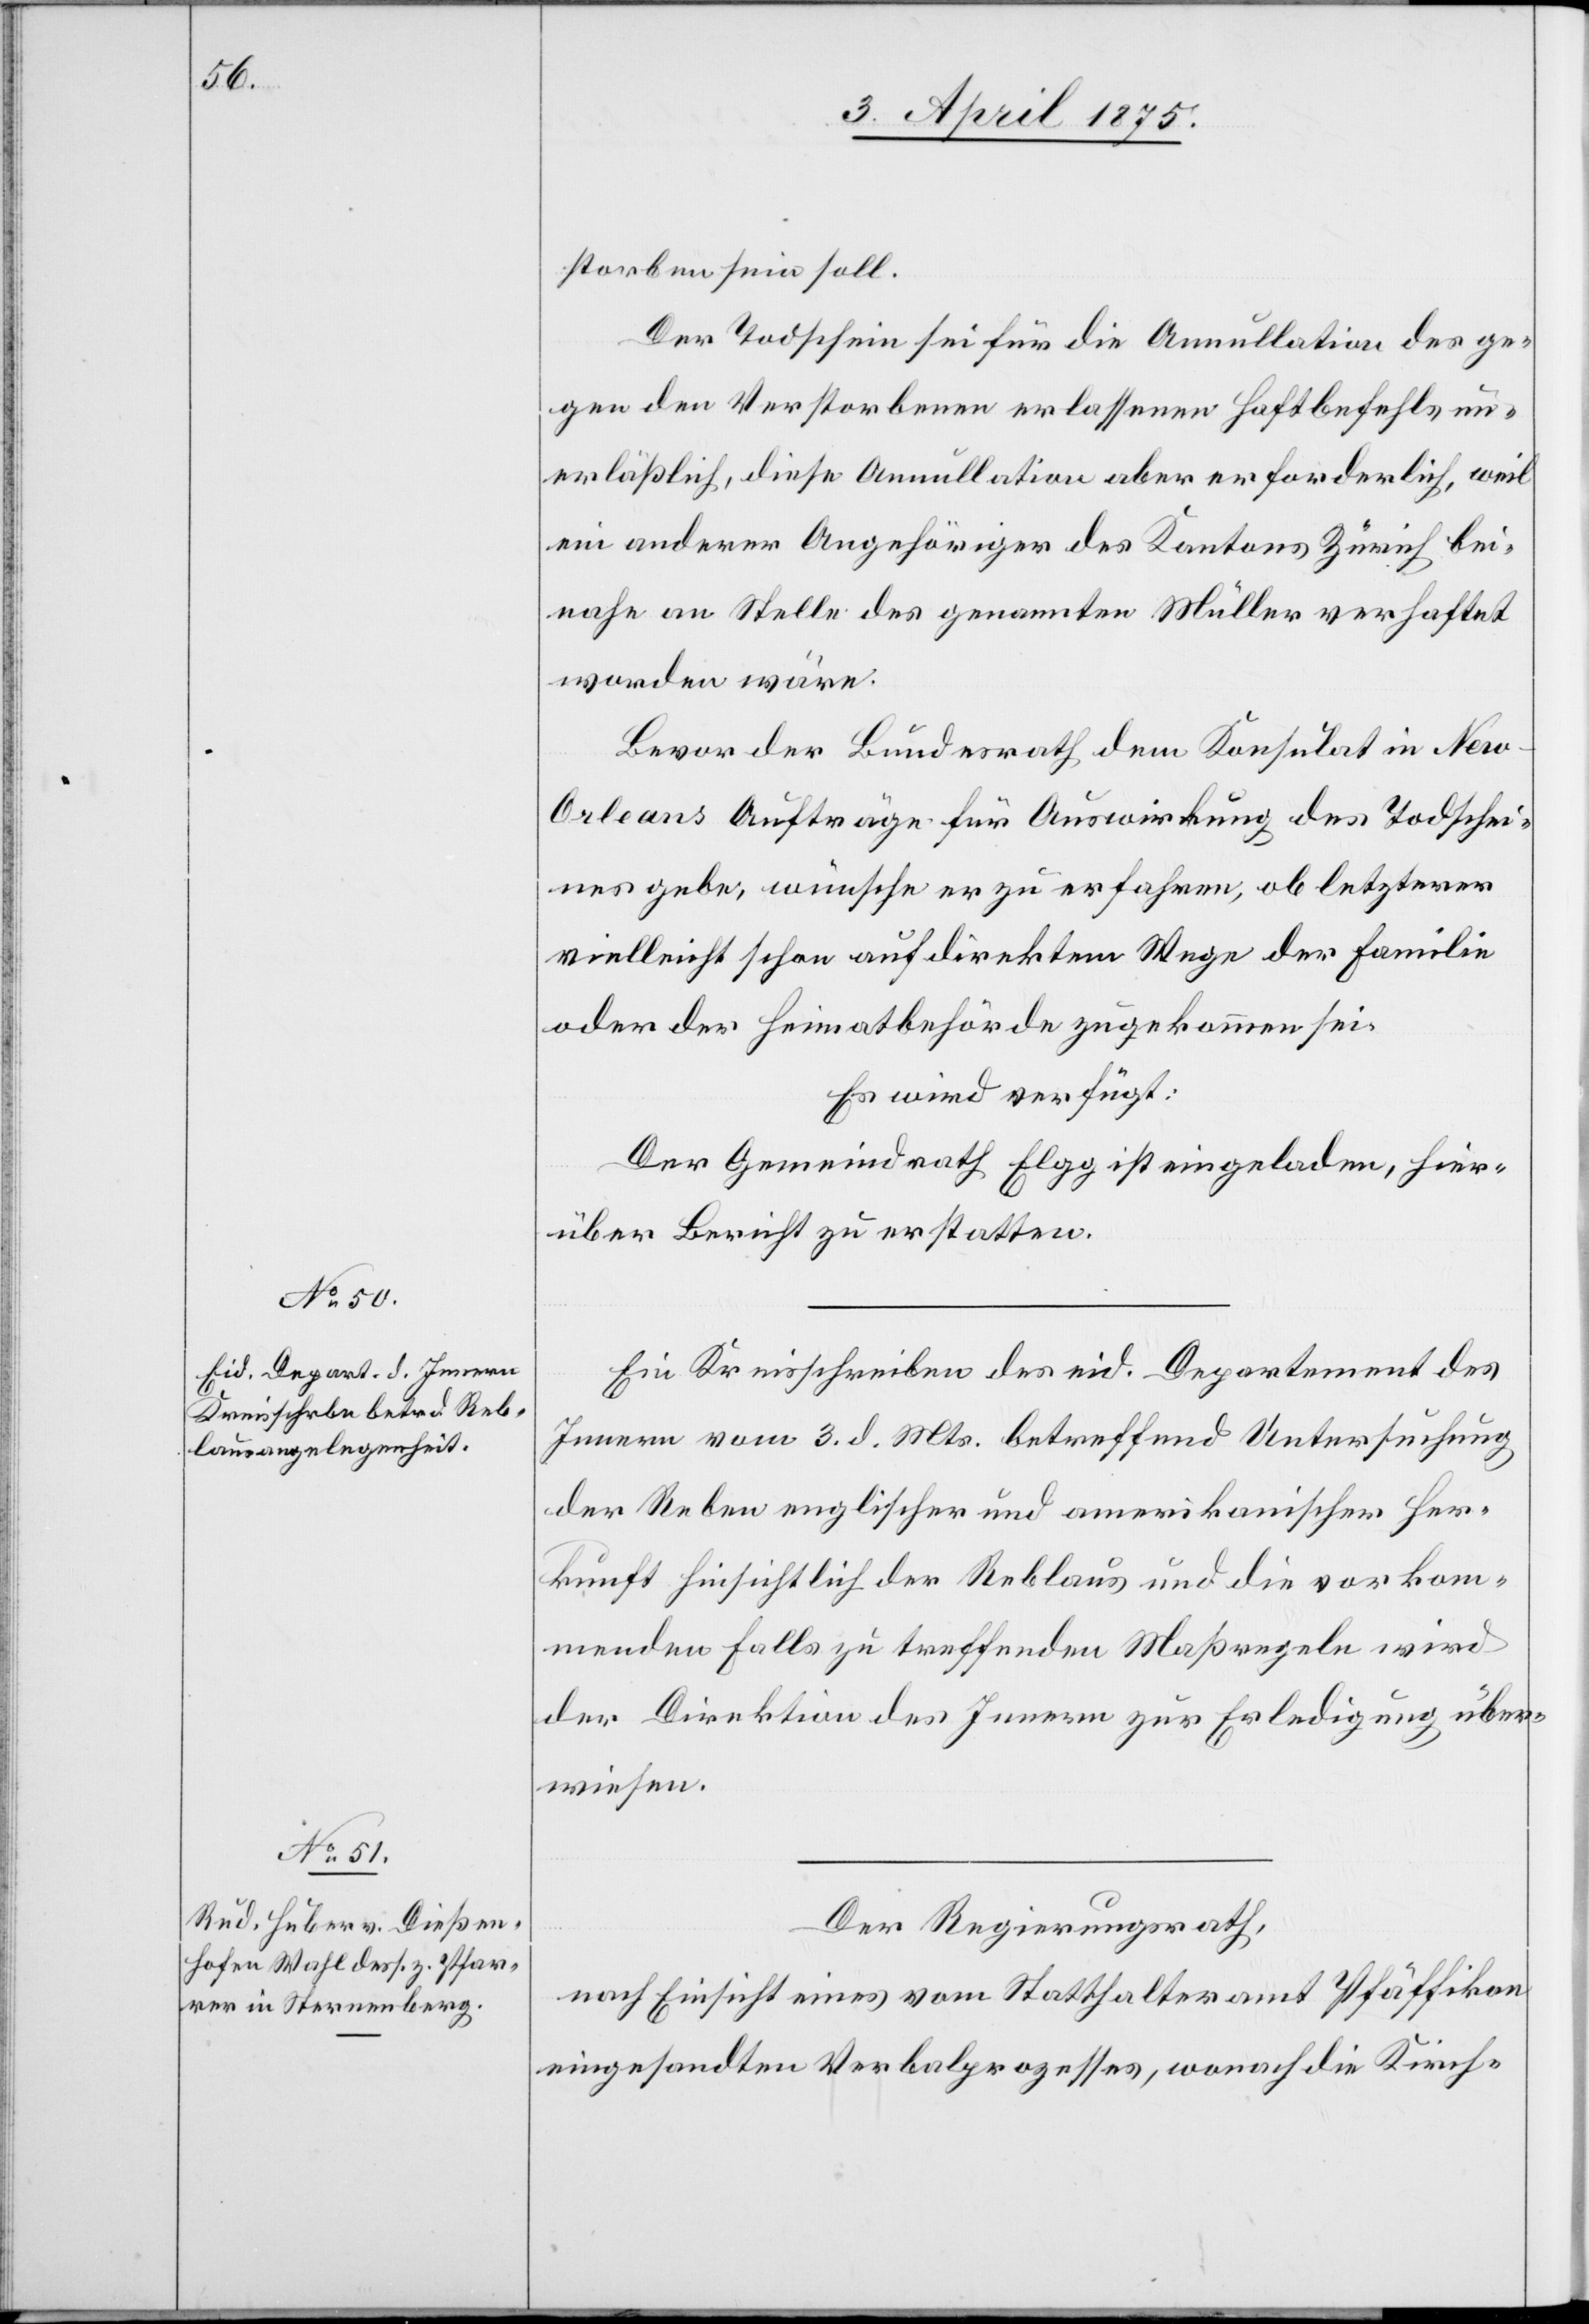
5. April 1875.]
storben sein soll.
Der Todschein sei für die Annullation der ge¬
gen den Verstorbenen erlassenen Haftbefehls un¬
erläßlich, diese Annullation aber erforderlich, weil
ein anderer Angehöriger des Kantons Zürich bei¬
nahe an Stelle des genannten Müller verhaftet
worden wäre.
Bevor der Bundesrath dem Konsulat in New-O¬
rleans Aufträge für Auswirkung des Todschei¬
nes gebe, wünsche er zu erfahren, ob letzterer
vielleicht schon auf direktem Wege der Familie
oder der Heimatbehörde zugekommen sei.
Es wird verfügt:
Der Gemeindrath Elgg ist eingeladen, hier¬
über Bericht zu erstatten.
Ein Kreisschreiben des eid. Departement des
Innern vom 3. d. Mts betreffend Untersuchung
der Reben englischer und amerikanischer Her¬
kunft hinsichtlich der Reblaus und die vorkom¬
menden Falls zu treffenden Maßregeln wird
der Direktion des Innern zur Erledigung über¬
wiesen.
Der Regierungsrath,
nach Einsicht eines vom Statthalteramt Pfäffikon
eingesandte Verbalprozesses, wonach die Kirch-